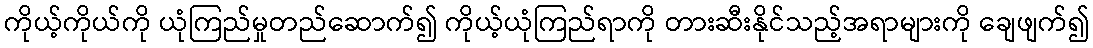
ကိုယ့်ကိုယ်ကို ယုံကြည်မှုတည်ဆောက်၍ ကိုယ့်ယုံကြည်ရာကို တားဆီးနိုင်သည့်အရာများကို ချေဖျက်၍